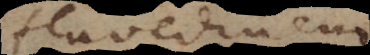
flavedinem